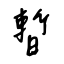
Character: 暫